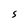
Character: S